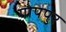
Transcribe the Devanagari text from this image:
गोपपुर